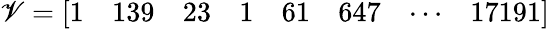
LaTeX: \mathscr{V}={\left[\begin{array}{llllllll}{1}&{139}&{23}&{1}&{61}&{647}&{\cdots}&{17191}\end{array}\right]}